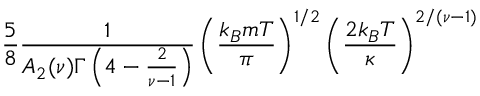
{ \frac { 5 } { 8 } } { \frac { 1 } { A _ { 2 } ( \nu ) \Gamma \left( 4 - { \frac { 2 } { \nu - 1 } } \right) } } \left( { \frac { k _ { B } m T } { \pi } } \right) ^ { 1 / 2 } \left( { \frac { 2 k _ { B } T } { \kappa } } \right) ^ { 2 / ( \nu - 1 ) }